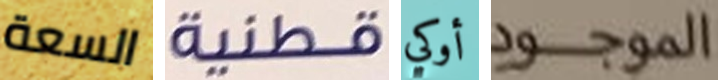
السعة قطنية أوكي الموجود